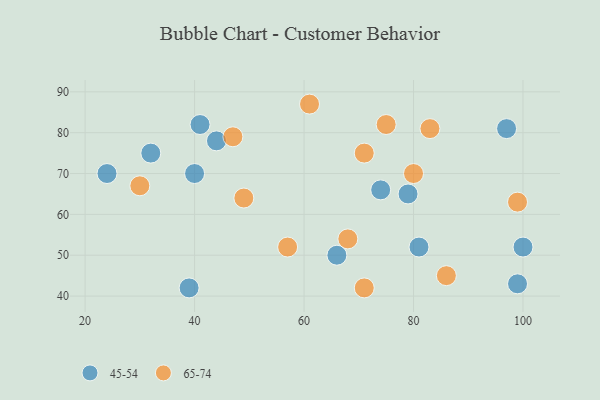
{"axis": {"x": "GDP", "y": "Life Expectancy"}, "legend": ["45-54", "65-74"], "data": [{"x": "40", "y": 70, "type": "45-54"}, {"x": "97", "y": 81, "type": "45-54"}, {"x": "81", "y": 52, "type": "45-54"}, {"x": "79", "y": 65, "type": "45-54"}, {"x": "39", "y": 42, "type": "45-54"}, {"x": "44", "y": 78, "type": "45-54"}, {"x": "74", "y": 66, "type": "45-54"}, {"x": "99", "y": 43, "type": "45-54"}, {"x": "32", "y": 75, "type": "45-54"}, {"x": "24", "y": 70, "type": "45-54"}, {"x": "66", "y": 50, "type": "45-54"}, {"x": "100", "y": 52, "type": "45-54"}, {"x": "41", "y": 82, "type": "45-54"}, {"x": "68", "y": 54, "type": "65-74"}, {"x": "99", "y": 63, "type": "65-74"}, {"x": "86", "y": 45, "type": "65-74"}, {"x": "71", "y": 42, "type": "65-74"}, {"x": "61", "y": 87, "type": "65-74"}, {"x": "49", "y": 64, "type": "65-74"}, {"x": "83", "y": 81, "type": "65-74"}, {"x": "47", "y": 79, "type": "65-74"}, {"x": "80", "y": 70, "type": "65-74"}, {"x": "30", "y": 67, "type": "65-74"}, {"x": "57", "y": 52, "type": "65-74"}, {"x": "71", "y": 75, "type": "65-74"}, {"x": "75", "y": 82, "type": "65-74"}]}